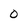
Character: 0